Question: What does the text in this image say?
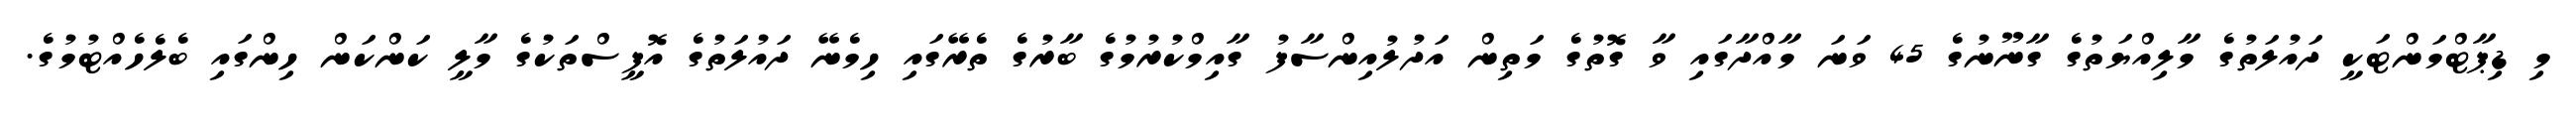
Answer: މި ޑިޕާޓްމަންޓަކީ ދައުލަތުގެ މާލިއްޔަތުގެ ގާނޫނުގެ 45 ވަނަ މާއްދާގައި ވާ ގޮތުގެ މަތިން އަދުލުއިންސާފު ގާއިމްކުރުމުގެ ބާރުގެ ތެރޭގައި ހިމެނޭ ދައުލަތުގެ އޮފީސްތަކުގެ މާލީ ކަންކަން ހިންގައި ބެލެހެއްޓުމުގެ.